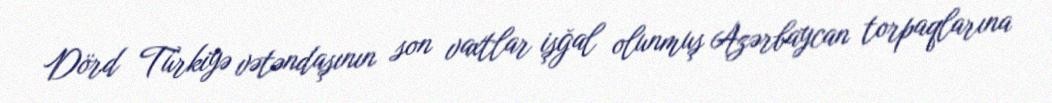
Dörd Türkiyə vətəndaşının son vaxtlar işğal olunmuş Azərbaycan torpaqlarına